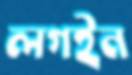
লগইন